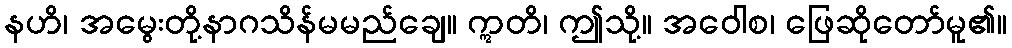
နဟိ၊ အမွေးတို့နာဂသိန်မမည်ချေ။ ဣတိ၊ ဤသို့။ အဝေါစ၊ ဖြေဆိုတော်မူ၏။